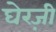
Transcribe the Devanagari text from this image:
घेरज़ी